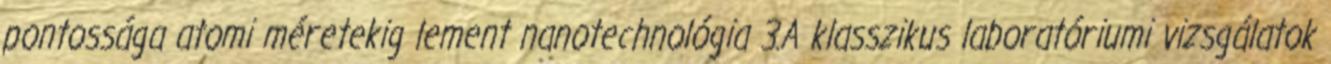
pontossága atomi méretekig lement nanotechnológia 3.A klasszikus laboratóriumi vizsgálatok